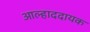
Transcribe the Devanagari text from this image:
अाल्हाददायक